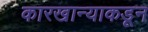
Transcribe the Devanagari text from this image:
कारखान्याकडून